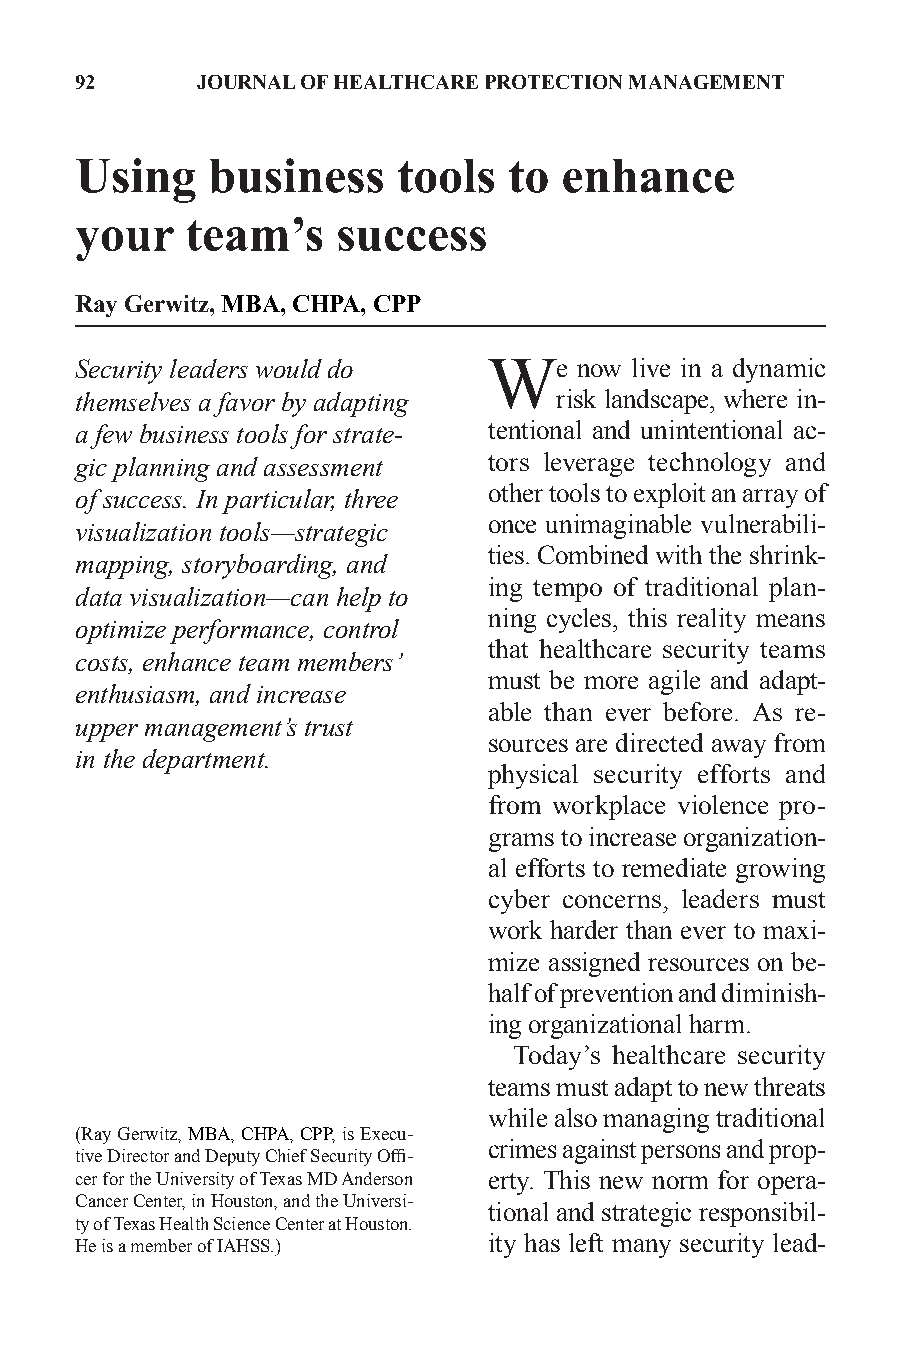
92      JOURNAL OF HEALTHCARE PROTECTION MANAGEMENT
 Using    business    tools   to enhance
 your   team’s    success
 Ray Gerwitz, MBA, CHPA, CPP
 Security leaders would do  We    now live in a dynamic
 themselves a favor by adapting  risk landscape, where in-
 a few business tools for strate- tentional and unintentional ac-
 gic planning and assessment tors leverage technology and
 other tools to exploit an array of
 of success. In particular, three
 once unimaginable vulnerabili-
 visualization tools—strategic
 ties. Combined with the shrink-
 mapping, storyboarding, and
 ing tempo of traditional plan-
 data visualization—can help to
 ning cycles, this reality means
 optimize performance, control
 that healthcare security teams
 costs, enhance team members’
 must be more agile and adapt-
 enthusiasm, and increase
 able than ever before. As re-
 upper management’s trust
 sources are directed away from
 in the department.
 physical security efforts and
 from workplace violence pro-
 grams to increase organization-
 al efforts to remediate growing
 cyber concerns, leaders must
 work harder than ever to maxi-
 mize assigned resources on be-
 half of prevention and diminish-
 ing organizational harm.
 Today’s healthcare security
 teams must adapt to new threats
 while also managing traditional
 (Ray Gerwitz, MBA, CHPA, CPP, is Execu-
 crimes against persons and prop-
 tive Director and Deputy Chief Security Offi-
 cer for the University of Texas MD Anderson erty. This new norm for opera-
 Cancer Center, in Houston, and the Universi-
 tional and strategic responsibil-
 ty of Texas Health Science Center at Houston.
 He is a member of IAHSS.)  ity has left many security lead-